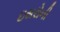
ઇસરોની